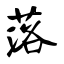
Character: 落